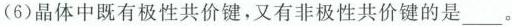
(6)晶体中既有极性共价键，又有非极性共价键的是___。